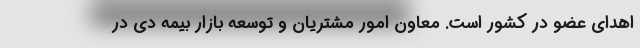
اهدای عضو در کشور است. معاون امور مشتریان و توسعه بازار بیمه دی در